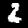
Digit: 2